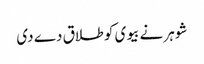
شوہر نے بیوی کو طلاق دے دی